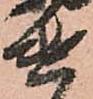
遣